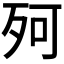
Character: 𣧤